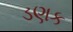
ડણક